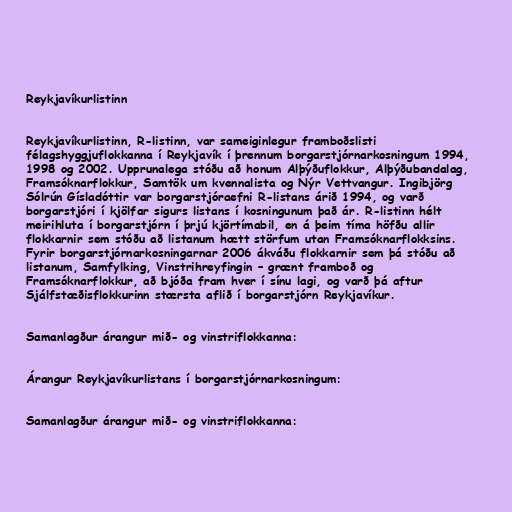
Reykjavíkurlistinn

Reykjavíkurlistinn, R-listinn, var sameiginlegur framboðslisti
félagshyggjuflokkanna í Reykjavík í þrennum borgarstjórnarkosningum 1994,
1998 og 2002. Upprunalega stóðu að honum Alþýðuflokkur, Alþýðubandalag,
Framsóknarflokkur, Samtök um kvennalista og Nýr Vettvangur. Ingibjörg
Sólrún Gísladóttir var borgarstjóraefni R-listans árið 1994, og varð
borgarstjóri í kjölfar sigurs listans í kosningunum það ár. R-listinn hélt
meirihluta í borgarstjórn í þrjú kjörtímabil, en á þeim tíma höfðu allir
flokkarnir sem stóðu að listanum hætt störfum utan Framsóknarflokksins.
Fyrir borgarstjórnarkosningarnar 2006 ákváðu flokkarnir sem þá stóðu að
listanum, Samfylking, Vinstrihreyfingin – grænt framboð og
Framsóknarflokkur, að bjóða fram hver í sínu lagi, og varð þá aftur
Sjálfstæðisflokkurinn stærsta aflið í borgarstjórn Reykjavíkur.

Samanlagður árangur mið- og vinstriflokkanna:

Árangur Reykjavíkurlistans í borgarstjórnarkosningum:

Samanlagður árangur mið- og vinstriflokkanna: